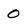
Character: 0